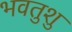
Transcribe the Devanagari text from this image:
भवतुशु